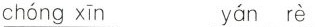
chóng xīn yán rè